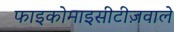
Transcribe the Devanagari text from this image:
फाइकोमाइसीटीज़वाले